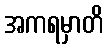
အကရမှာတိ